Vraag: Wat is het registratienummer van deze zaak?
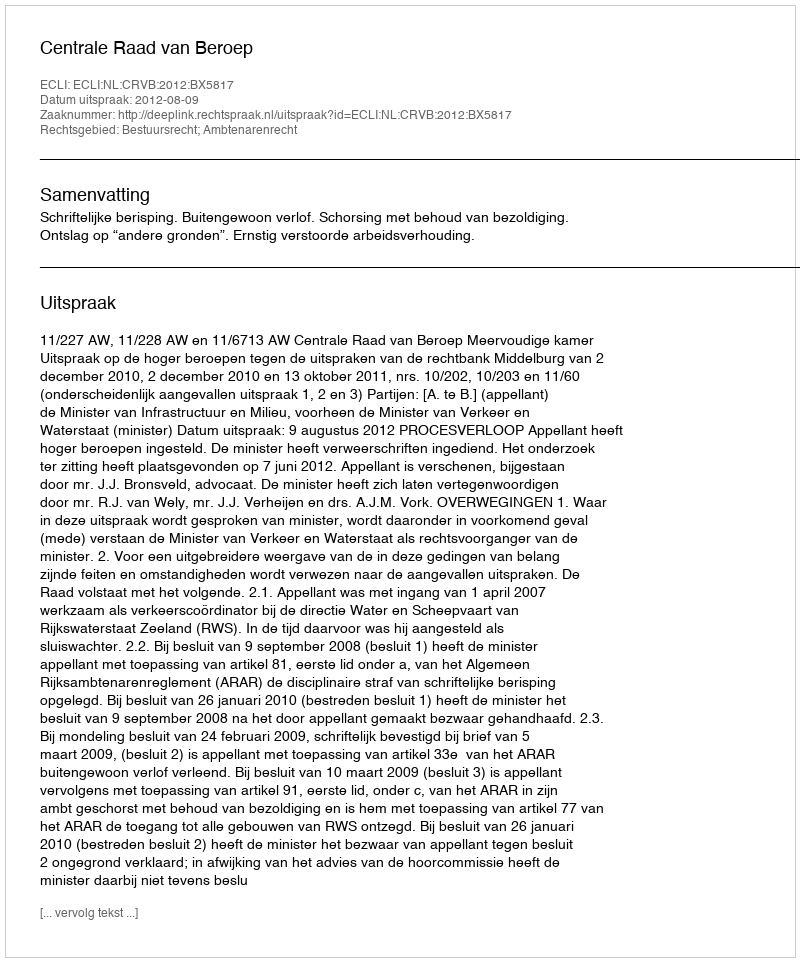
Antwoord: http://deeplink.rechtspraak.nl/uitspraak?id=ECLI:NL:CRVB:2012:BX5817